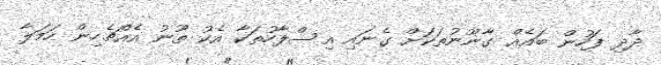
ދާދި ފަހުން ބައެއް ގާނޫނުތަކަށް ގެނައި އިސްލާހުތަކާ އެކު ތޫނު އެއްޗެހިން ހަމަލާ